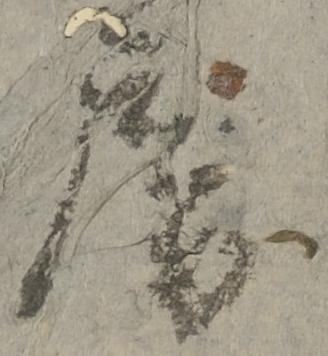
房